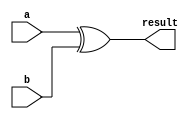
// XOR circuit
// define gates with delays

`define XOR xor 

module structuralXOR
(
    output result,
    input a, 
    input b 
);

    `XOR xorgate(result, a, b);
    
endmodule

module XOR32
(
    output[31:0] result,
    input[31:0] a, 
    input[31:0] b      
);
    generate
    genvar index;
      for (index = 0;
      index<32;
      index = index + 1)
      begin:genblock
        structuralXOR xorindex(result[index], a[index], b[index]);  
      end
    endgenerate
endmodule